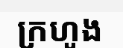
ក្រហូង